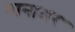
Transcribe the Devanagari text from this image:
नानाक्षर